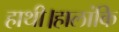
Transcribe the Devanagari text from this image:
हाथी।हालांकि